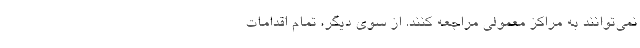
نمی‌توانند به مراکز معمولی مراجعه کنند. از سوی دیگر، تمام اقدامات